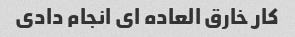
کار خارق العاده ای انجام دادی